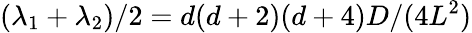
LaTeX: (\lambda_{1}+\lambda_{2})/2=d(d+2)(d+4)D/(4L^{2})